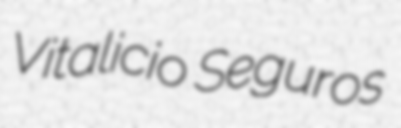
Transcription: Vitalicio Seguros